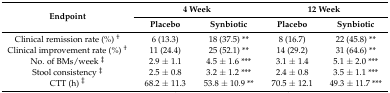
<table><thead><tr><td rowspan="2"><b>Endpoint</b></td><td colspan="2"><b>4 Week</b></td><td colspan="2"><b>12 Week</b></td></tr><tr><td><b>Placebo</b></td><td><b>Synbiotic</b></td><td><b>Placebo</b></td><td><b>Synbiotic</b></td></tr></thead><tbody><tr><td>Clinical remission rate (%) <sup>†</sup></td><td>6 (13.3)</td><td>18 (37.5) **</td><td>8 (16.7)</td><td>22 (45.8) **</td></tr><tr><td>Clinical improvement rate (%) <sup>†</sup></td><td>11 (24.4)</td><td>25 (52.1) **</td><td>14 (29.2)</td><td>31 (64.6) **</td></tr><tr><td>No. of BMs/week <sup>‡</sup></td><td>2.9 ± 1.1</td><td>4.5 ± 1.6 ***</td><td>3.1 ± 1.4</td><td>5.1 ± 2.0 ***</td></tr><tr><td>Stool consistency <sup>‡</sup></td><td>2.5 ± 0.8</td><td>3.2 ± 1.2 ***</td><td>2.4 ± 0.8</td><td>3.5 ± 1.1 ***</td></tr><tr><td>CTT (h) <sup>‡</sup></td><td>68.2 ± 11.3</td><td>53.8 ± 10.9 **</td><td>70.5 ± 12.1</td><td>49.3 ± 11.7 ***</td></tr></tbody></table>